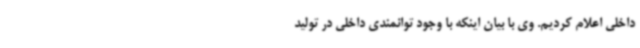
داخلی اعلام کردیم. وی با بیان اینکه با وجود توانمندی داخلی در تولید